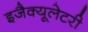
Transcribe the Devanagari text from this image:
इजैक्यूलेटरी